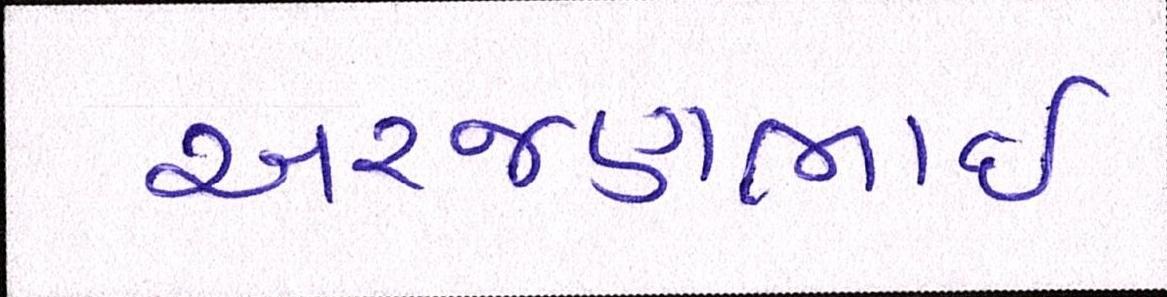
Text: અરજણભાઇ